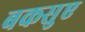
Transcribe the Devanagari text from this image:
बकसुए